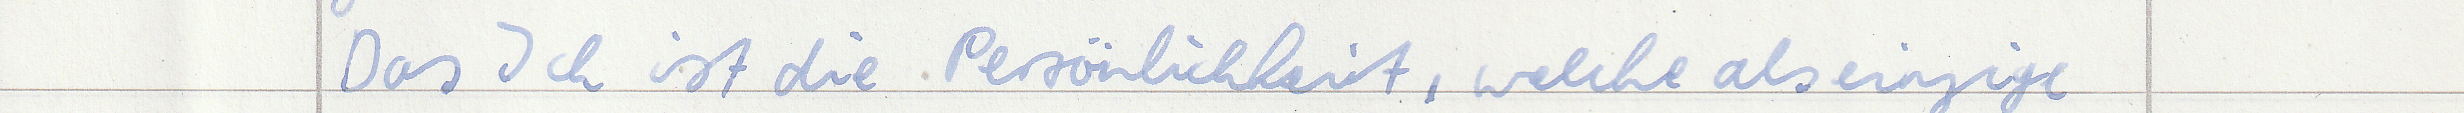
Das Ich ist die Persönlichkeit, welche als einzige